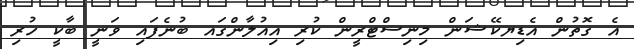
އެ ގޮތުން އެޑިޔކޭޝަން މިނިސްޓްރީން ކުރި އިއުލާންގައ ބުނެފައި ވަނީ ބާކީ ހުރި